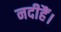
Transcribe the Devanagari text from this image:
नदीहैं।